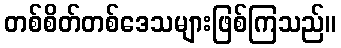
တစ်စိတ်တစ်ဒေသများဖြစ်ကြသည်။